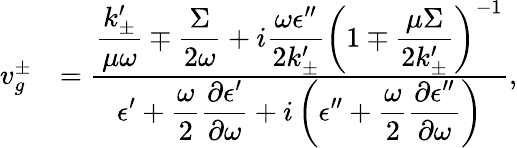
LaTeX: \begin{array}{rl}{v_{g}^{\pm}}&{=\frac{\displaystyle\frac{k_{\pm}^{\prime}}{\mu\omega}\mp\frac{\Sigma}{2\omega}+i\frac{\omega\epsilon^{\prime\prime}}{2k_{\pm}^{\prime}}\left(1\mp\frac{\mu\Sigma}{2k_{\pm}^{\prime}}\right)^{-1}}{\displaystyle\epsilon^{\prime}+\frac{\omega}{2}\frac{\partial\epsilon^{\prime}}{\partial\omega}+i\left(\epsilon^{\prime\prime}+\frac{\omega}{2}\frac{\partial\epsilon^{\prime\prime}}{\partial\omega}\right)},}\end{array}